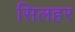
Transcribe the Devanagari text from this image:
सिलहर